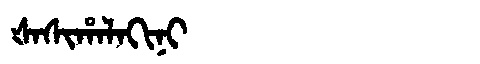
Manchu: ᡧᠠᠰᡳᡥᠠᠯᠠᡴᡳᠨᡳ
Romanization: ŠASIHALAKINI